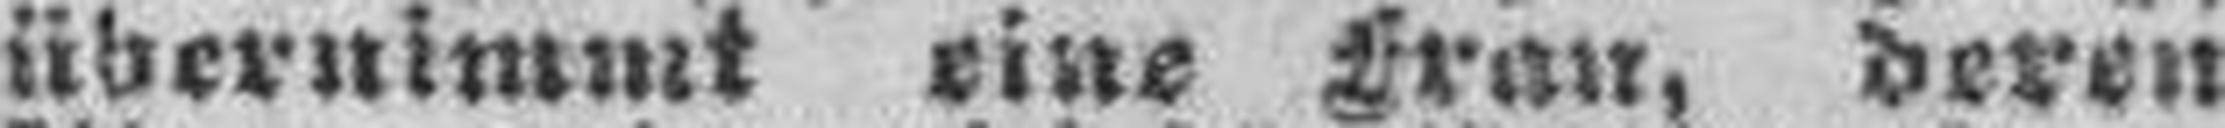
übernimmt eine Frau, deren